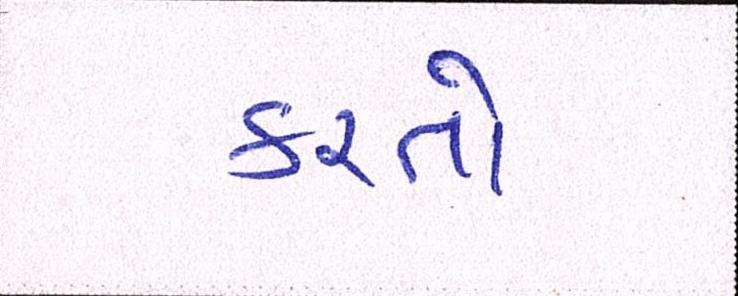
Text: કરતો